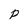
Character: p